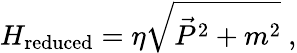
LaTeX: H_{\mathrm{reduced}}=\eta\sqrt{\vec{P}^{2}+m^{2}}\ ,